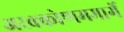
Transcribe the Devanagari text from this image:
अरक्कोणममार्गे